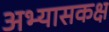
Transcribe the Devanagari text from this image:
अभ्यासकक्ष